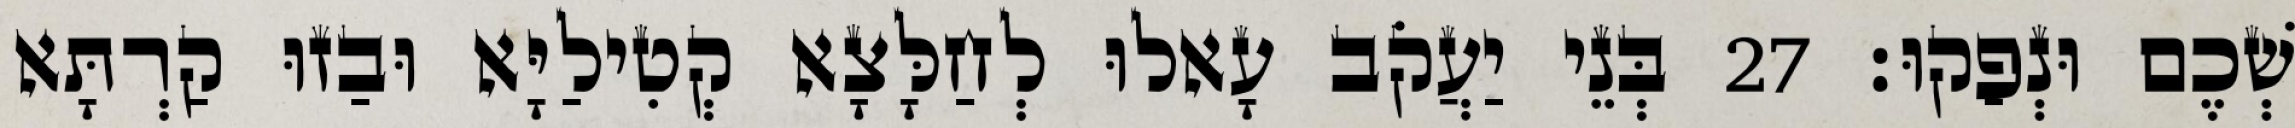
שְׁכֶם וּנְפַקוּ׃ 27 בְּנֵי יַעֲקֹב עָאלוּ לְחַלָּצָא קְטִילַיָּא וּבַזוּ קַרְתָּא